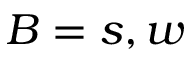
B = s , w